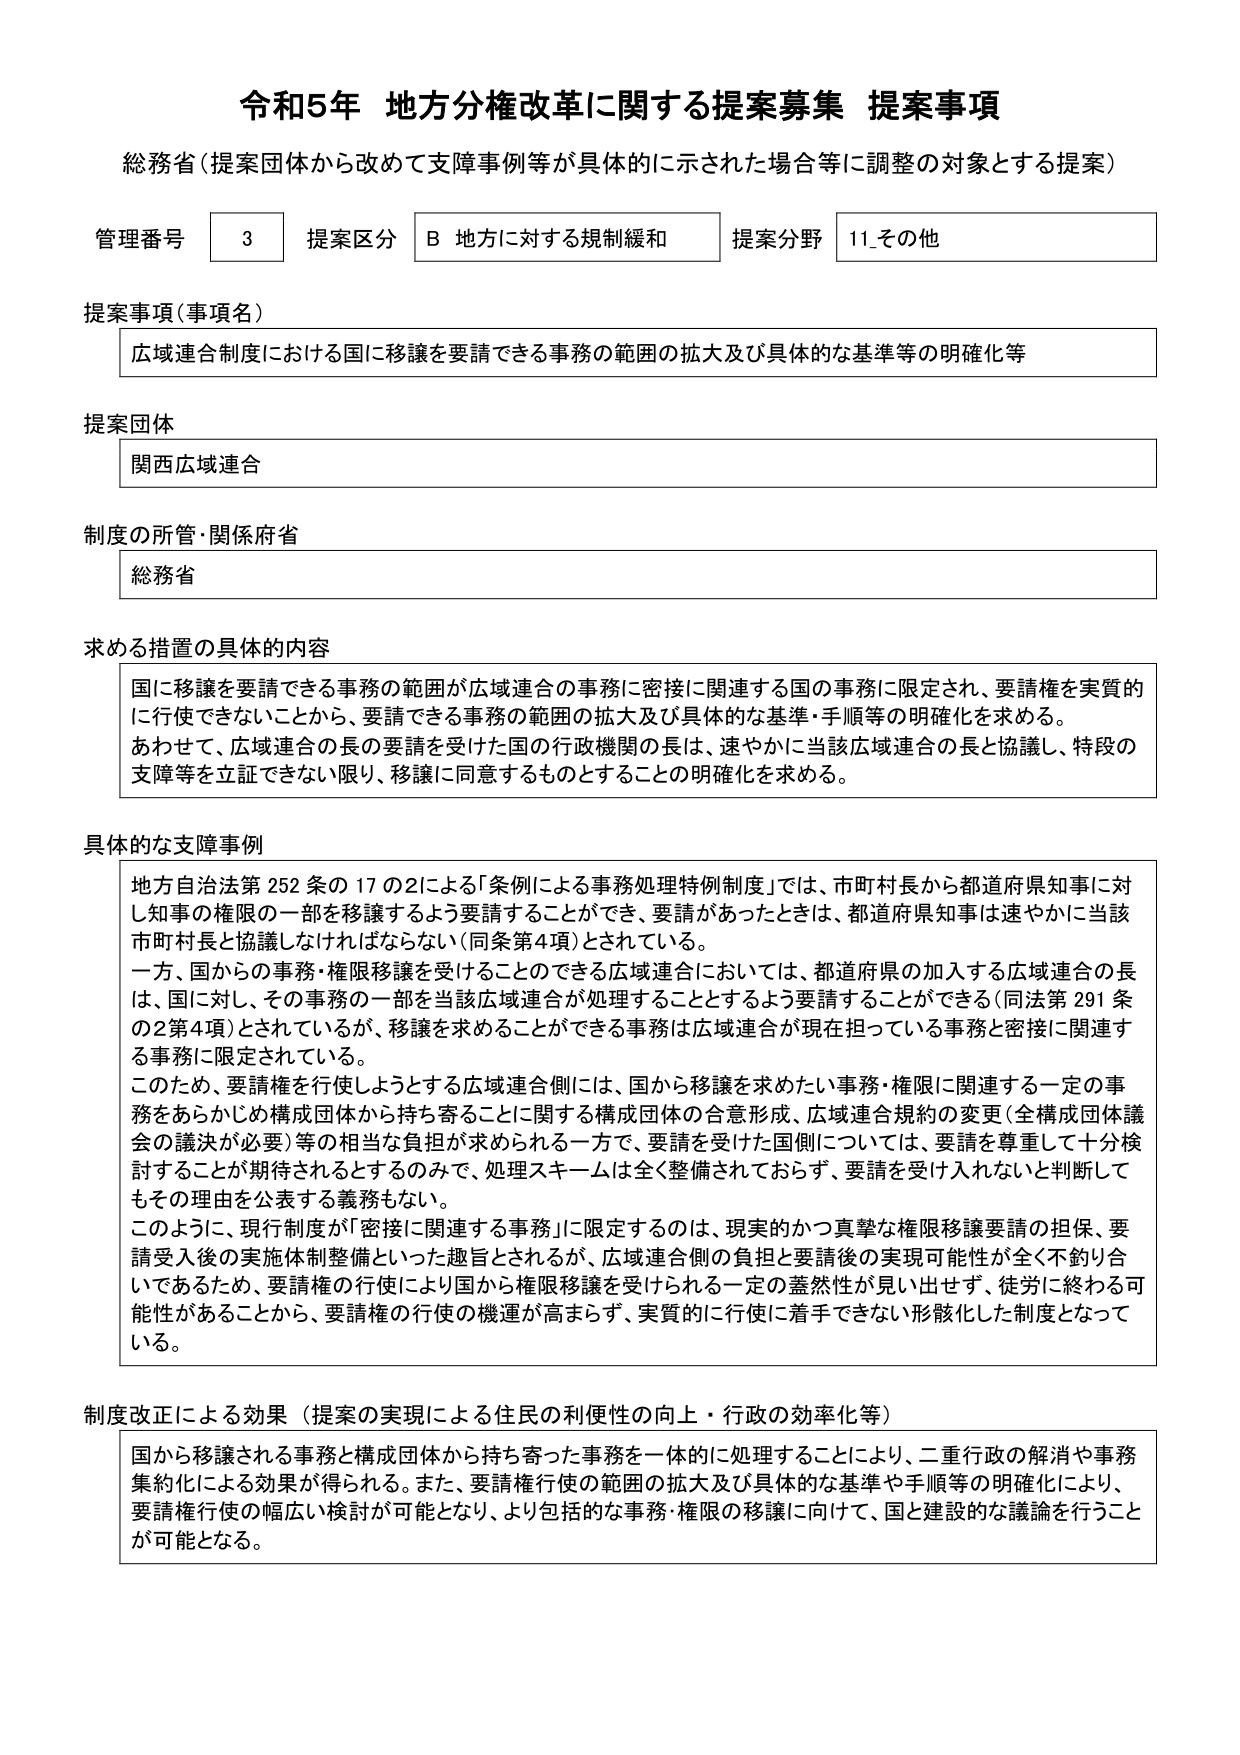
令和5年 地方分権改革に関する提案募集 提案事項
総務省（提案団体から改めて支障事例等が具体的に示された場合等に調整の対象とする提案）

管理番号 3 提案区分 B 地方に対する規制緩和 提案分野 11_その他

提案事項（事項名）
広域連合制度における国に移譲を要請できる事務の範囲の拡大及び具体的な基準等の明確化等

提案団体
関西広域連合

制度の所管・関係府省
総務省

求める措置の具体的内容
国に移譲を要請できる事務の範囲が広域連合の事務に密接に関連する国の事務に限定され、要請権を実質的に行使できないことから、要請できる事務の範囲の拡大及び具体的な基準・手順等の明確化を求める。
あわせて、広域連合の長の要請を受けた国の行政機関の長は、速やかに当該広域連合の長と協議し、特段の支障等を立証できない限り、移譲に同意するものとすることの明確化を求める。

具体的な支障事例
地方自治法第252条の17の2による「条例による事務処理特例制度」では、市町村長から都道府県知事に対し知事の権限の一部を移譲するよう要請することができ、要請があったときは、都道府県知事は速やかに当該市町村長と協議しなければならない（同条第4項）とされている。
一方、国からの事務・権限移譲を受けることのできる広域連合においては、都道府県の加入する広域連合の長は、国に対し、その事務の一部を当該広域連合が処理することとするよう要請することができる（同法第291条の2第4項）とされているが、移譲を求めることができる事務は広域連合が現在担っている事務と密接に関連する事務に限定されている。
このため、要請権を行使しようとする広域連合側には、国から移譲を求めたい事務・権限に関連する一定の事務をあらかじめ構成団体から持ち寄ることに関する構成団体の合意形成、広域連合規約の変更（全構成団体議会の議決が必要）等の相当な負担が求められる一方で、要請を受けた国側については、要請を尊重して十分検討することが期待されるとするのみで、処理スキームは全く整備されておらず、要請を受け入れないと判断してもその理由を公表する義務もない。
このように、現行制度が「密接に関連する事務」に限定するのは、現実的かつ真摯な権限移譲要請の担保、要請受入後の実施体制整備といった趣旨とされるが、広域連合側の負担と要請後の実現可能性が全く不釣り合いであるため、要請権の行使により国から権限移譲を受けられる一定の蓋然性が見い出せず、徒労に終わる可能性があることから、要請権の行使の機運が高まらず、実質的に行使に着手できない形骸化した制度となっている。

制度改正による効果（提案の実現による住民の利便性の向上・行政の効率化等）
国から移譲される事務と構成団体から持ち寄った事務を一体的に処理することにより、二重行政の解消や事務集約化による効果が得られる。また、要請権行使の範囲の拡大及び具体的な基準や手順等の明確化により、要請権行使の幅広い検討が可能となり、より包括的な事務・権限の移譲に向けて、国と建設的な議論を行うことが可能となる。